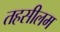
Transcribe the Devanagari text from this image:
तहसीलम